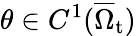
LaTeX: \theta\in C^{1}(\overline{{\Omega}}_{\mathrm{t}})